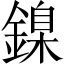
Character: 鎳